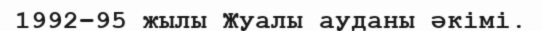
1992–95 жылы Жуалы ауданы әкімі.